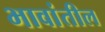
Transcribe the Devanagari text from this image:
भावांतील